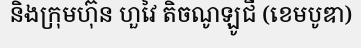
និងក្រុមហ៊ុន ហួវៃ តិចណូឡូជី (ខេមបូឌា)